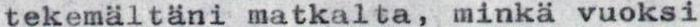
tekemältäni matkalta, minkä vuoksi